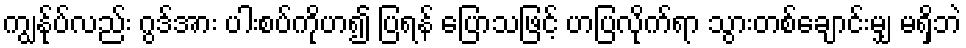
ကျွန်ုပ်လည်း ဂွဒ်အား ပါးစပ်ကိုဟ၍ ပြရန် ပြောသဖြင့် ဟပြလိုက်ရာ သွားတစ်ချောင်းမျှ မရှိဘဲ